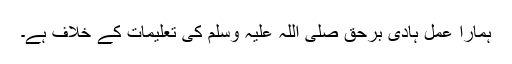
ہمارا عمل ہادیٔ برحق صلی اللہ علیہ وسلم کی تعلیمات کے خلاف ہے۔